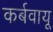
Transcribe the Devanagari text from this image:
कर्बवायू